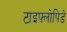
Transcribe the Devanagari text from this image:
टाइफ़्लोपिडे